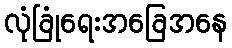
လုံခြုံရေးအခြေအနေ